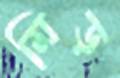
মিড়